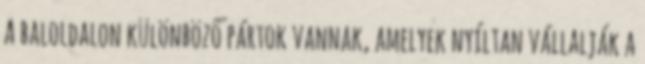
A baloldalon különböző pártok vannak, amelyek nyíltan vállalják a